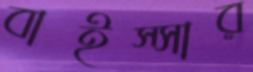
বাইস্সার